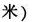
米）